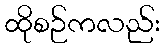
ထိုစဉ်ကလည်း